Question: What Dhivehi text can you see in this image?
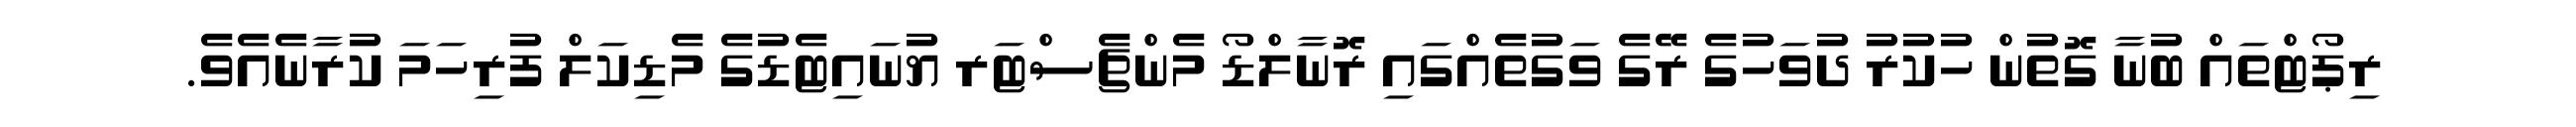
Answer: ރިޕޯޓްތައް ބުނާ ގޮތުން ހުކުރު ދުވަހުގެ ރޭގެ ވަގުތެއްގައި ރޮނާލްޑޯ މެންޗެސްޓަރ ޔުނައިޓެޑުގެ މެޑިކަލް ފުރިހަމަ ކުރާނެއެވެ.